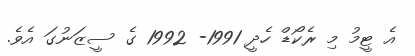
އެ ޓީމު މި ރެކޯޑް ހެދީ 1991- 1992 ގެ ސީޒަނުގަ އެވެ.